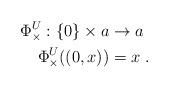
LaTeX: \begin{align*}\begin{aligned}\Phi_\times^U:\{0\}\times a&\rightarrow a\\\Phi_\times^U((0,x))&= x\;.\end{aligned}\end{align*}